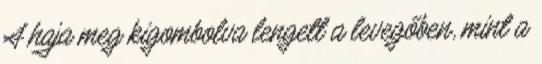
A haja meg kigombolva lengett a levegőben, mint a